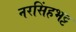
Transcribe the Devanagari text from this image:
नरसिंहभट्ट